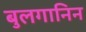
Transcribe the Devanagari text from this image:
बुलगानिन